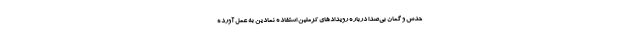
حدس و گمان بی‌صدا درباره رویدادهای کرملین استفاده نمادین به عمل آورده